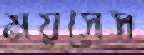
ময়সেস